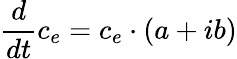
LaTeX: \frac{d}{dt}c_{e}=c_{e}\cdot(a+ib)